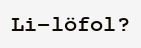
Li-löfol?